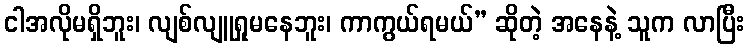
ငါအလိုမရှိဘူး၊ လျစ်လျူရှုမနေဘူး၊ ကာကွယ်ရမယ်” ဆိုတဲ့ အနေနဲ့ သူက လာပြီး